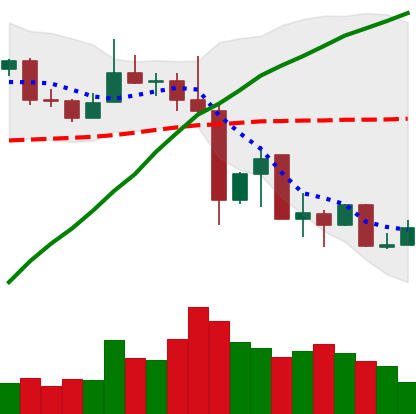
Ticker: XLM-USD
Chart end date: 2019-07-06
Forward return: -15.424%
Label: down_7plus